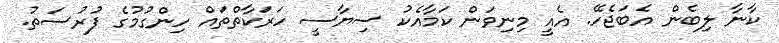
ކާނާ ލިބެން އެބަޖެހޭ. އެއީ މިނިވަން ކަމާއެކު ސިޔާސީ ހަރަކާތްތައް ހިންގުމުގެ ފުރުސަތު.